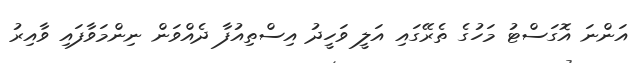
އަންނަ އޮގަސްޓު މަހުގެ ތެރޭގައި އަލީ ވަހީދު އިސްތިއުފާ ދެއްވަން ނިންމަވާފައި ވާއިރު